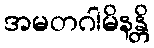
အမတဂါမိနန္တိ